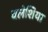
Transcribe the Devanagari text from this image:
वलेशिया